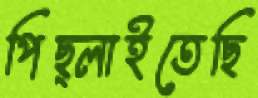
পিছ্‌লাইতেছি